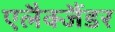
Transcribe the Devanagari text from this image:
एलैक्जैंडर